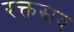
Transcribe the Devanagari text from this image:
रक्तस्नव